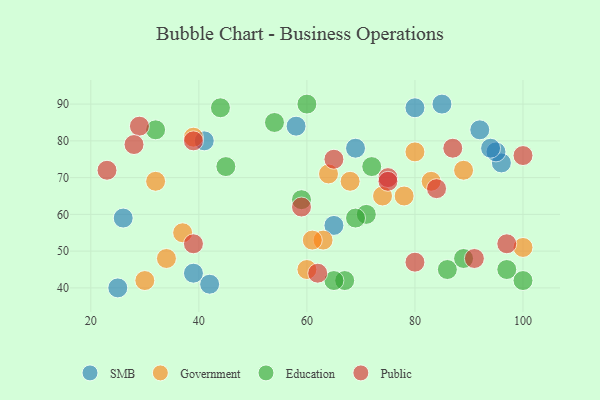
{"axis": {"x": "GDP", "y": "Life Expectancy"}, "legend": ["Education", "Government", "Public", "SMB"], "data": [{"x": "25", "y": 40, "type": "SMB"}, {"x": "69", "y": 78, "type": "SMB"}, {"x": "92", "y": 83, "type": "SMB"}, {"x": "26", "y": 59, "type": "SMB"}, {"x": "42", "y": 41, "type": "SMB"}, {"x": "85", "y": 90, "type": "SMB"}, {"x": "96", "y": 74, "type": "SMB"}, {"x": "58", "y": 84, "type": "SMB"}, {"x": "95", "y": 77, "type": "SMB"}, {"x": "41", "y": 80, "type": "SMB"}, {"x": "94", "y": 78, "type": "SMB"}, {"x": "39", "y": 44, "type": "SMB"}, {"x": "80", "y": 89, "type": "SMB"}, {"x": "65", "y": 57, "type": "SMB"}, {"x": "32", "y": 69, "type": "Government"}, {"x": "34", "y": 48, "type": "Government"}, {"x": "63", "y": 53, "type": "Government"}, {"x": "60", "y": 45, "type": "Government"}, {"x": "68", "y": 69, "type": "Government"}, {"x": "80", "y": 77, "type": "Government"}, {"x": "61", "y": 53, "type": "Government"}, {"x": "78", "y": 65, "type": "Government"}, {"x": "30", "y": 42, "type": "Government"}, {"x": "74", "y": 65, "type": "Government"}, {"x": "83", "y": 69, "type": "Government"}, {"x": "100", "y": 51, "type": "Government"}, {"x": "89", "y": 72, "type": "Government"}, {"x": "39", "y": 81, "type": "Government"}, {"x": "64", "y": 71, "type": "Government"}, {"x": "37", "y": 55, "type": "Government"}, {"x": "45", "y": 73, "type": "Education"}, {"x": "86", "y": 45, "type": "Education"}, {"x": "54", "y": 85, "type": "Education"}, {"x": "67", "y": 42, "type": "Education"}, {"x": "44", "y": 89, "type": "Education"}, {"x": "65", "y": 42, "type": "Education"}, {"x": "71", "y": 60, "type": "Education"}, {"x": "97", "y": 45, "type": "Education"}, {"x": "59", "y": 64, "type": "Education"}, {"x": "89", "y": 48, "type": "Education"}, {"x": "60", "y": 90, "type": "Education"}, {"x": "100", "y": 42, "type": "Education"}, {"x": "69", "y": 59, "type": "Education"}, {"x": "32", "y": 83, "type": "Education"}, {"x": "72", "y": 73, "type": "Education"}, {"x": "29", "y": 84, "type": "Public"}, {"x": "59", "y": 62, "type": "Public"}, {"x": "97", "y": 52, "type": "Public"}, {"x": "62", "y": 44, "type": "Public"}, {"x": "39", "y": 80, "type": "Public"}, {"x": "80", "y": 47, "type": "Public"}, {"x": "100", "y": 76, "type": "Public"}, {"x": "91", "y": 48, "type": "Public"}, {"x": "23", "y": 72, "type": "Public"}, {"x": "75", "y": 70, "type": "Public"}, {"x": "39", "y": 52, "type": "Public"}, {"x": "84", "y": 67, "type": "Public"}, {"x": "87", "y": 78, "type": "Public"}, {"x": "65", "y": 75, "type": "Public"}, {"x": "28", "y": 79, "type": "Public"}, {"x": "75", "y": 69, "type": "Public"}]}